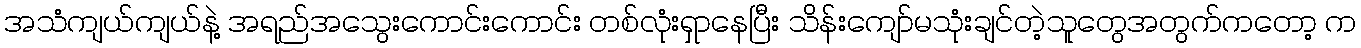
အသံကျယ်ကျယ်နဲ့ အရည်အသွေးကောင်းကောင်း တစ်လုံးရှာနေပြီး သိန်းကျော်မသုံးချင်တဲ့သူတွေအတွက်ကတော့ က